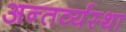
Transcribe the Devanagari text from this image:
अन्तर्व्यस्था